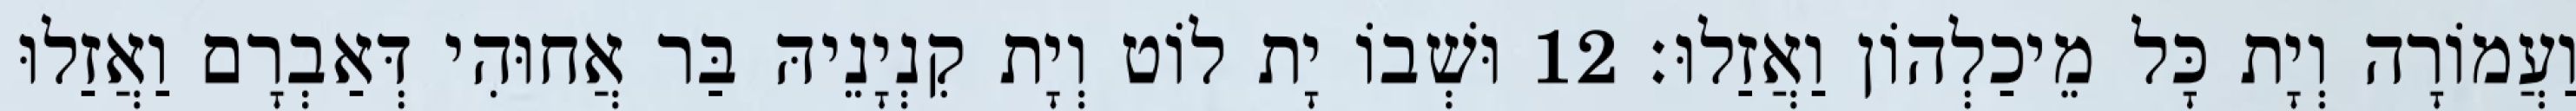
וַעֲמוֹרָה וְיָת כָּל מֵיכַלְהוֹן וַאֲזַלוּ׃ 12 וּשְׁבוֹ יָת לוֹט וְיָת קִנְיָנֵיהּ בַּר אֲחוּהִי דְּאַבְרָם וַאֲזַלוּ